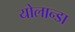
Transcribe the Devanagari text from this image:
योलान्डा